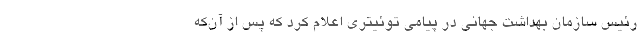
رئیس سازمان بهداشت جهانی در پیامی توئیتری اعلام کرد که پس از آن‌که